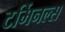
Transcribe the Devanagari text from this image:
टर्मिनल्‍स